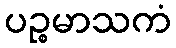
ပဉ္စမာသကံ